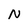
Character: N